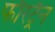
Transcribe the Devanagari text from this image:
फौरट्रैन